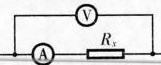
VAR_{X}